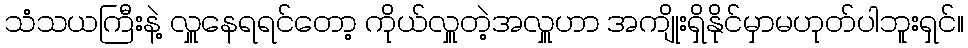
သံသယကြီးနဲ့ လှူနေရရင်တော့ ကိုယ်လှူတဲ့အလှူဟာ အကျိုးရှိနိုင်မှာမဟုတ်ပါဘူးရှင်။